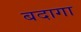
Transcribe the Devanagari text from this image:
बदागा